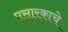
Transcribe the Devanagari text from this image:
प्रसारकाचे